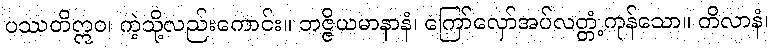
ပဿတိဣဝ၊ ကဲ့သို့လည်းကောင်း။ ဘဇ္ဇိယမာနာနံ၊ ကြော်လှော်အပ်လတ္တံ့ကုန်သော။ တိလာနံ၊